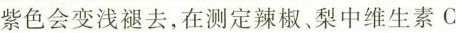
紫色会变浅褪去，在测定辣椒、梨中维生素C